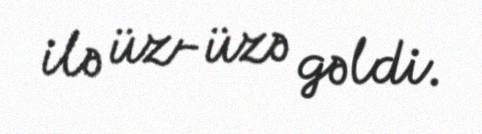
ilə üz-üzə gəldi.